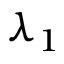
\lambda _ { 1 }